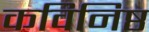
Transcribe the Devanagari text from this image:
कविनिष्ठ